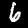
Digit: 6